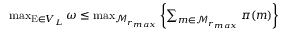
\begin{array} { r } { \operatorname* { m a x } _ { \mathrm { E } \in V _ { L } } \omega \leq \operatorname* { m a x } _ { \mathcal { M } _ { r _ { m a x } } } \left\{ \sum _ { m \in \mathcal { M } _ { r _ { m a x } } } \pi ( m ) \right\} } \end{array}